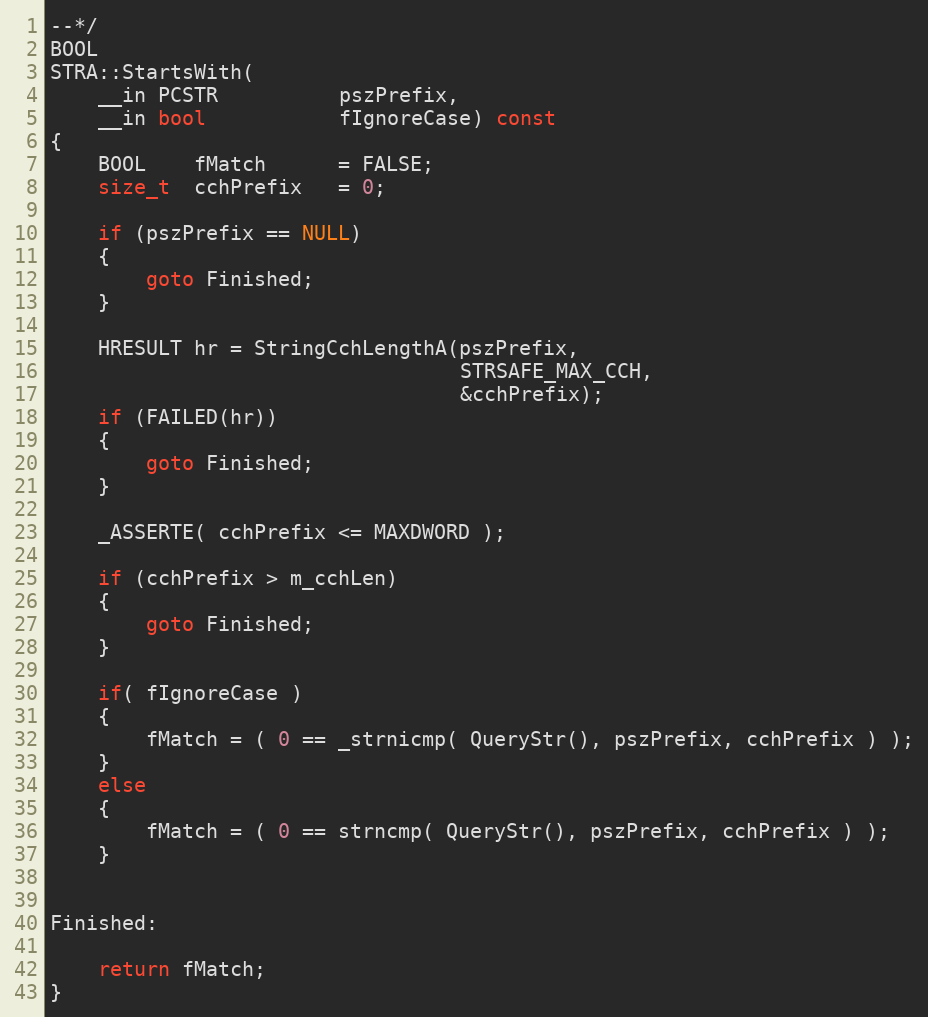
Language: C++
--*/
BOOL
STRA::StartsWith(
    __in PCSTR          pszPrefix,
    __in bool           fIgnoreCase) const
{
    BOOL    fMatch      = FALSE;
    size_t  cchPrefix   = 0;

    if (pszPrefix == NULL)
    {
        goto Finished;
    }

    HRESULT hr = StringCchLengthA(pszPrefix,
                                  STRSAFE_MAX_CCH,
                                  &cchPrefix);
    if (FAILED(hr))
    {
        goto Finished;
    }

    _ASSERTE( cchPrefix <= MAXDWORD );

    if (cchPrefix > m_cchLen)
    {
        goto Finished;
    }

    if( fIgnoreCase )
    {
        fMatch = ( 0 == _strnicmp( QueryStr(), pszPrefix, cchPrefix ) );
    }
    else
    {
        fMatch = ( 0 == strncmp( QueryStr(), pszPrefix, cchPrefix ) );
    }

Finished:

    return fMatch;
}